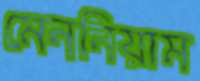
মেননিয়াম